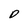
Character: D